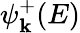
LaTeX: \psi_{\mathbf{k}}^{+}(E)